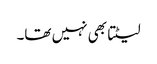
لیٹتا بھی نہیں تھا۔